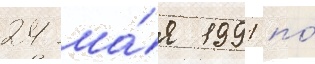
24 ма́я 1991 по́